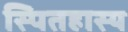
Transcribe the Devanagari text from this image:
स्पितहास्य